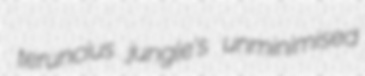
teruncius jungle's unminimised